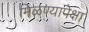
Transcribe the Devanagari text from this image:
मिळण्यापेक्षा